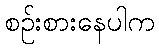
စဉ်းစားနေပါက